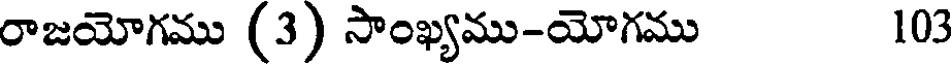
రాజయోగము (3) సాంఖ్యము-యోగము 103